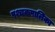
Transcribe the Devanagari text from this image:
पश्चकपालिका